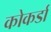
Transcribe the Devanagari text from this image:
कोकर्डा